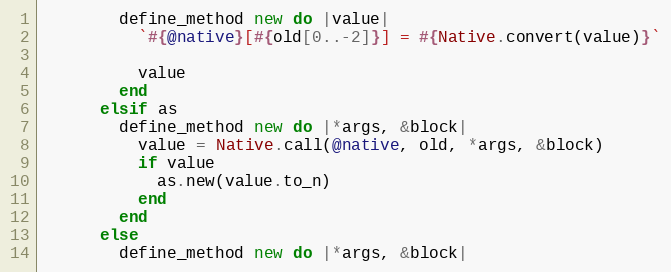
Language: Ruby
        define_method new do |value|
          `#{@native}[#{old[0..-2]}] = #{Native.convert(value)}`

          value
        end
      elsif as
        define_method new do |*args, &block|
          value = Native.call(@native, old, *args, &block)
          if value
            as.new(value.to_n)
          end
        end
      else
        define_method new do |*args, &block|